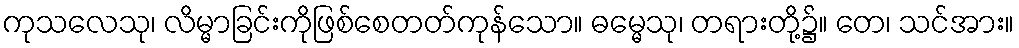
ကုသလေသု၊ လိမ္မာခြင်းကိုဖြစ်စေတတ်ကုန်သော။ ဓမ္မေသု၊ တရားတို့၌။ တေ၊ သင်အား။